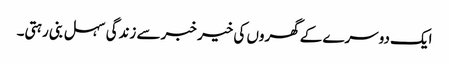
ایک دوسرے کے گھروں کی خیر خبر سے زندگی سہل بنی رہتی۔